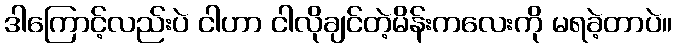
ဒါကြောင့်လည်းပဲ ငါဟာ ငါလိုချင်တဲ့မိန်းကလေးကို မရခဲ့တာပဲ။